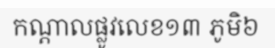
កណ្តាលផ្លូវលេខ១៣ ភូមិ៦